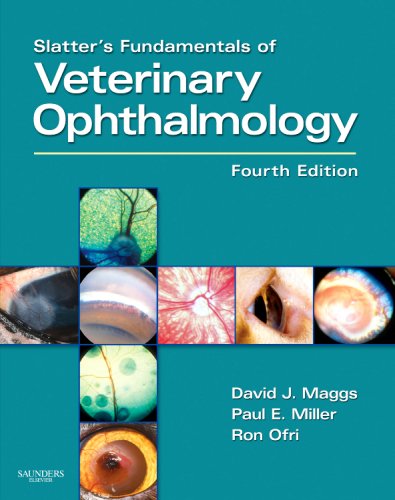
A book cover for Slatter's Fundamentals of Veterinary Ophthalmology - Text and VETERINARY CONSULT Package, 4e; David Maggs BVSc(Hons)  DAVCO; Medical Books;